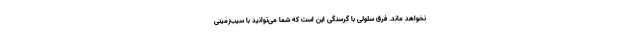
نخواهد ماند. فرق سلولی با گرسنگی این است که شما می‌توانید با سیب‌زمینی